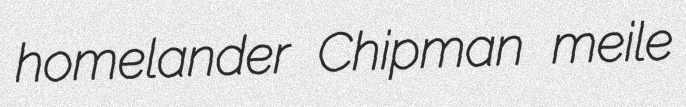
homelander Chipman meile